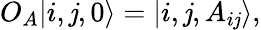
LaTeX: O_{A}|i,\mathit{j},0\rangle=|i,\mathit{j},A_{i\mathit{j}}\rangle,